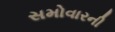
સમોવારની